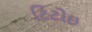
ટિટોઇ